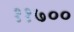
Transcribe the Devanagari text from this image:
११७००